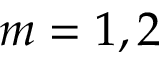
m = 1 , 2